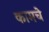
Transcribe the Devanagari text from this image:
कामचे